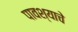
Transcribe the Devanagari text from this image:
पावश्याचे